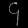
Digit: ၄